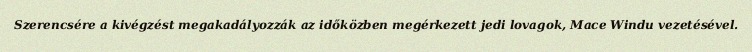
Szerencsére a kivégzést megakadályozzák az időközben megérkezett jedi lovagok, Mace Windu vezetésével.